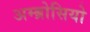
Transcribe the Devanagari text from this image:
अम्ब्रोसियो